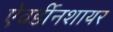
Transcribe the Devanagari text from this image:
ऐवर्डीनशायर